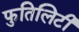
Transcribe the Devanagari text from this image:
फुतिलिटी